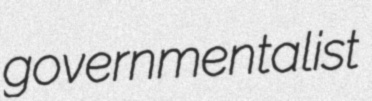
governmentalist